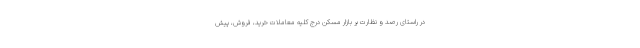
در راستای رصد و نظارت بر بازار مسکن درج کلیه معاملات خرید، فروش، پیش